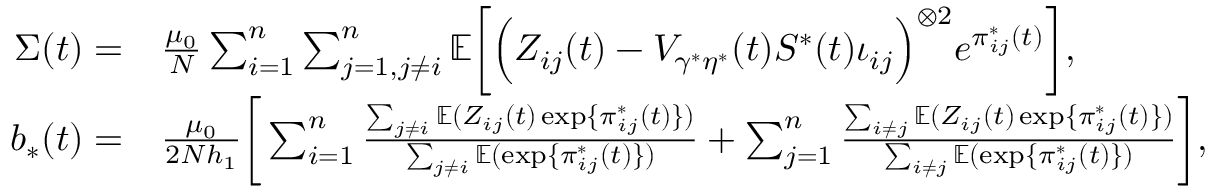
\begin{array} { r l } { \Sigma ( t ) = } & { \frac { \mu _ { 0 } } { N } \sum _ { i = 1 } ^ { n } \sum _ { j = 1 , j \neq i } ^ { n } \mathbb { E } \bigg [ \Big ( Z _ { i j } ( t ) - V _ { \gamma ^ { * } \eta ^ { * } } ( t ) S ^ { * } ( t ) \iota _ { i j } \Big ) ^ { \otimes 2 } e ^ { \pi _ { i j } ^ { * } ( t ) } \bigg ] , } \\ { b _ { * } ( t ) = } & { \frac { \mu _ { 0 } } { 2 N h _ { 1 } } \bigg [ \sum _ { i = 1 } ^ { n } \frac { \sum _ { j \neq i } \mathbb { E } ( Z _ { i j } ( t ) \exp \{ \pi _ { i j } ^ { * } ( t ) \} ) } { \sum _ { j \neq i } \mathbb { E } ( \exp \{ \pi _ { i j } ^ { * } ( t ) \} ) } + \sum _ { j = 1 } ^ { n } \frac { \sum _ { i \neq j } \mathbb { E } ( Z _ { i j } ( t ) \exp \{ \pi _ { i j } ^ { * } ( t ) \} ) } { \sum _ { i \neq j } \mathbb { E } ( \exp \{ \pi _ { i j } ^ { * } ( t ) \} ) } \bigg ] , } \end{array}